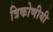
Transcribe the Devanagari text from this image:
त्रिकोणीयी